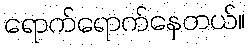
ရောက်ရောက်နေတယ်။